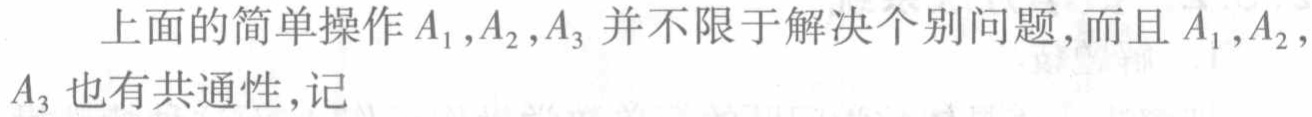
上面的简单操作$A_1,A_2,A_3$并不限于解决个别问题,而且$A_1,A_2,$
$A_3$也有共通性,记